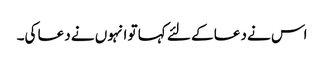
اس نے دعا کے لئے کہا تو انہوں نے دعا کی۔